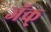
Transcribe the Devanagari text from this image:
जॅक्